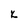
Character: k